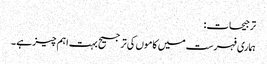
ترجیحات:
ہماری فہرست میں کاموں کی ترجیح بہت اہم چیز ہے ۔